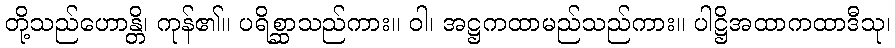
တို့သည်ဟောန္တိ၊ ကုန်၏။ ပရိစ္ဆာသည်ကား။ ဝါ၊ အဋ္ဌကထာမည်သည်ကား။ ပါဋ္ဌိအထာကထာဒီသု၊